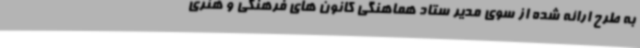
به طرح ارائه شده از سوی مدیر ستاد هماهنگی کانون های فرهنگی و هنری